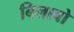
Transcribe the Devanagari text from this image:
बिलाबो